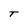
Character: T